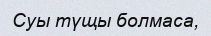
Суы түщы болмаса,